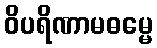
ဝိပရိဏာမဓမ္မေ